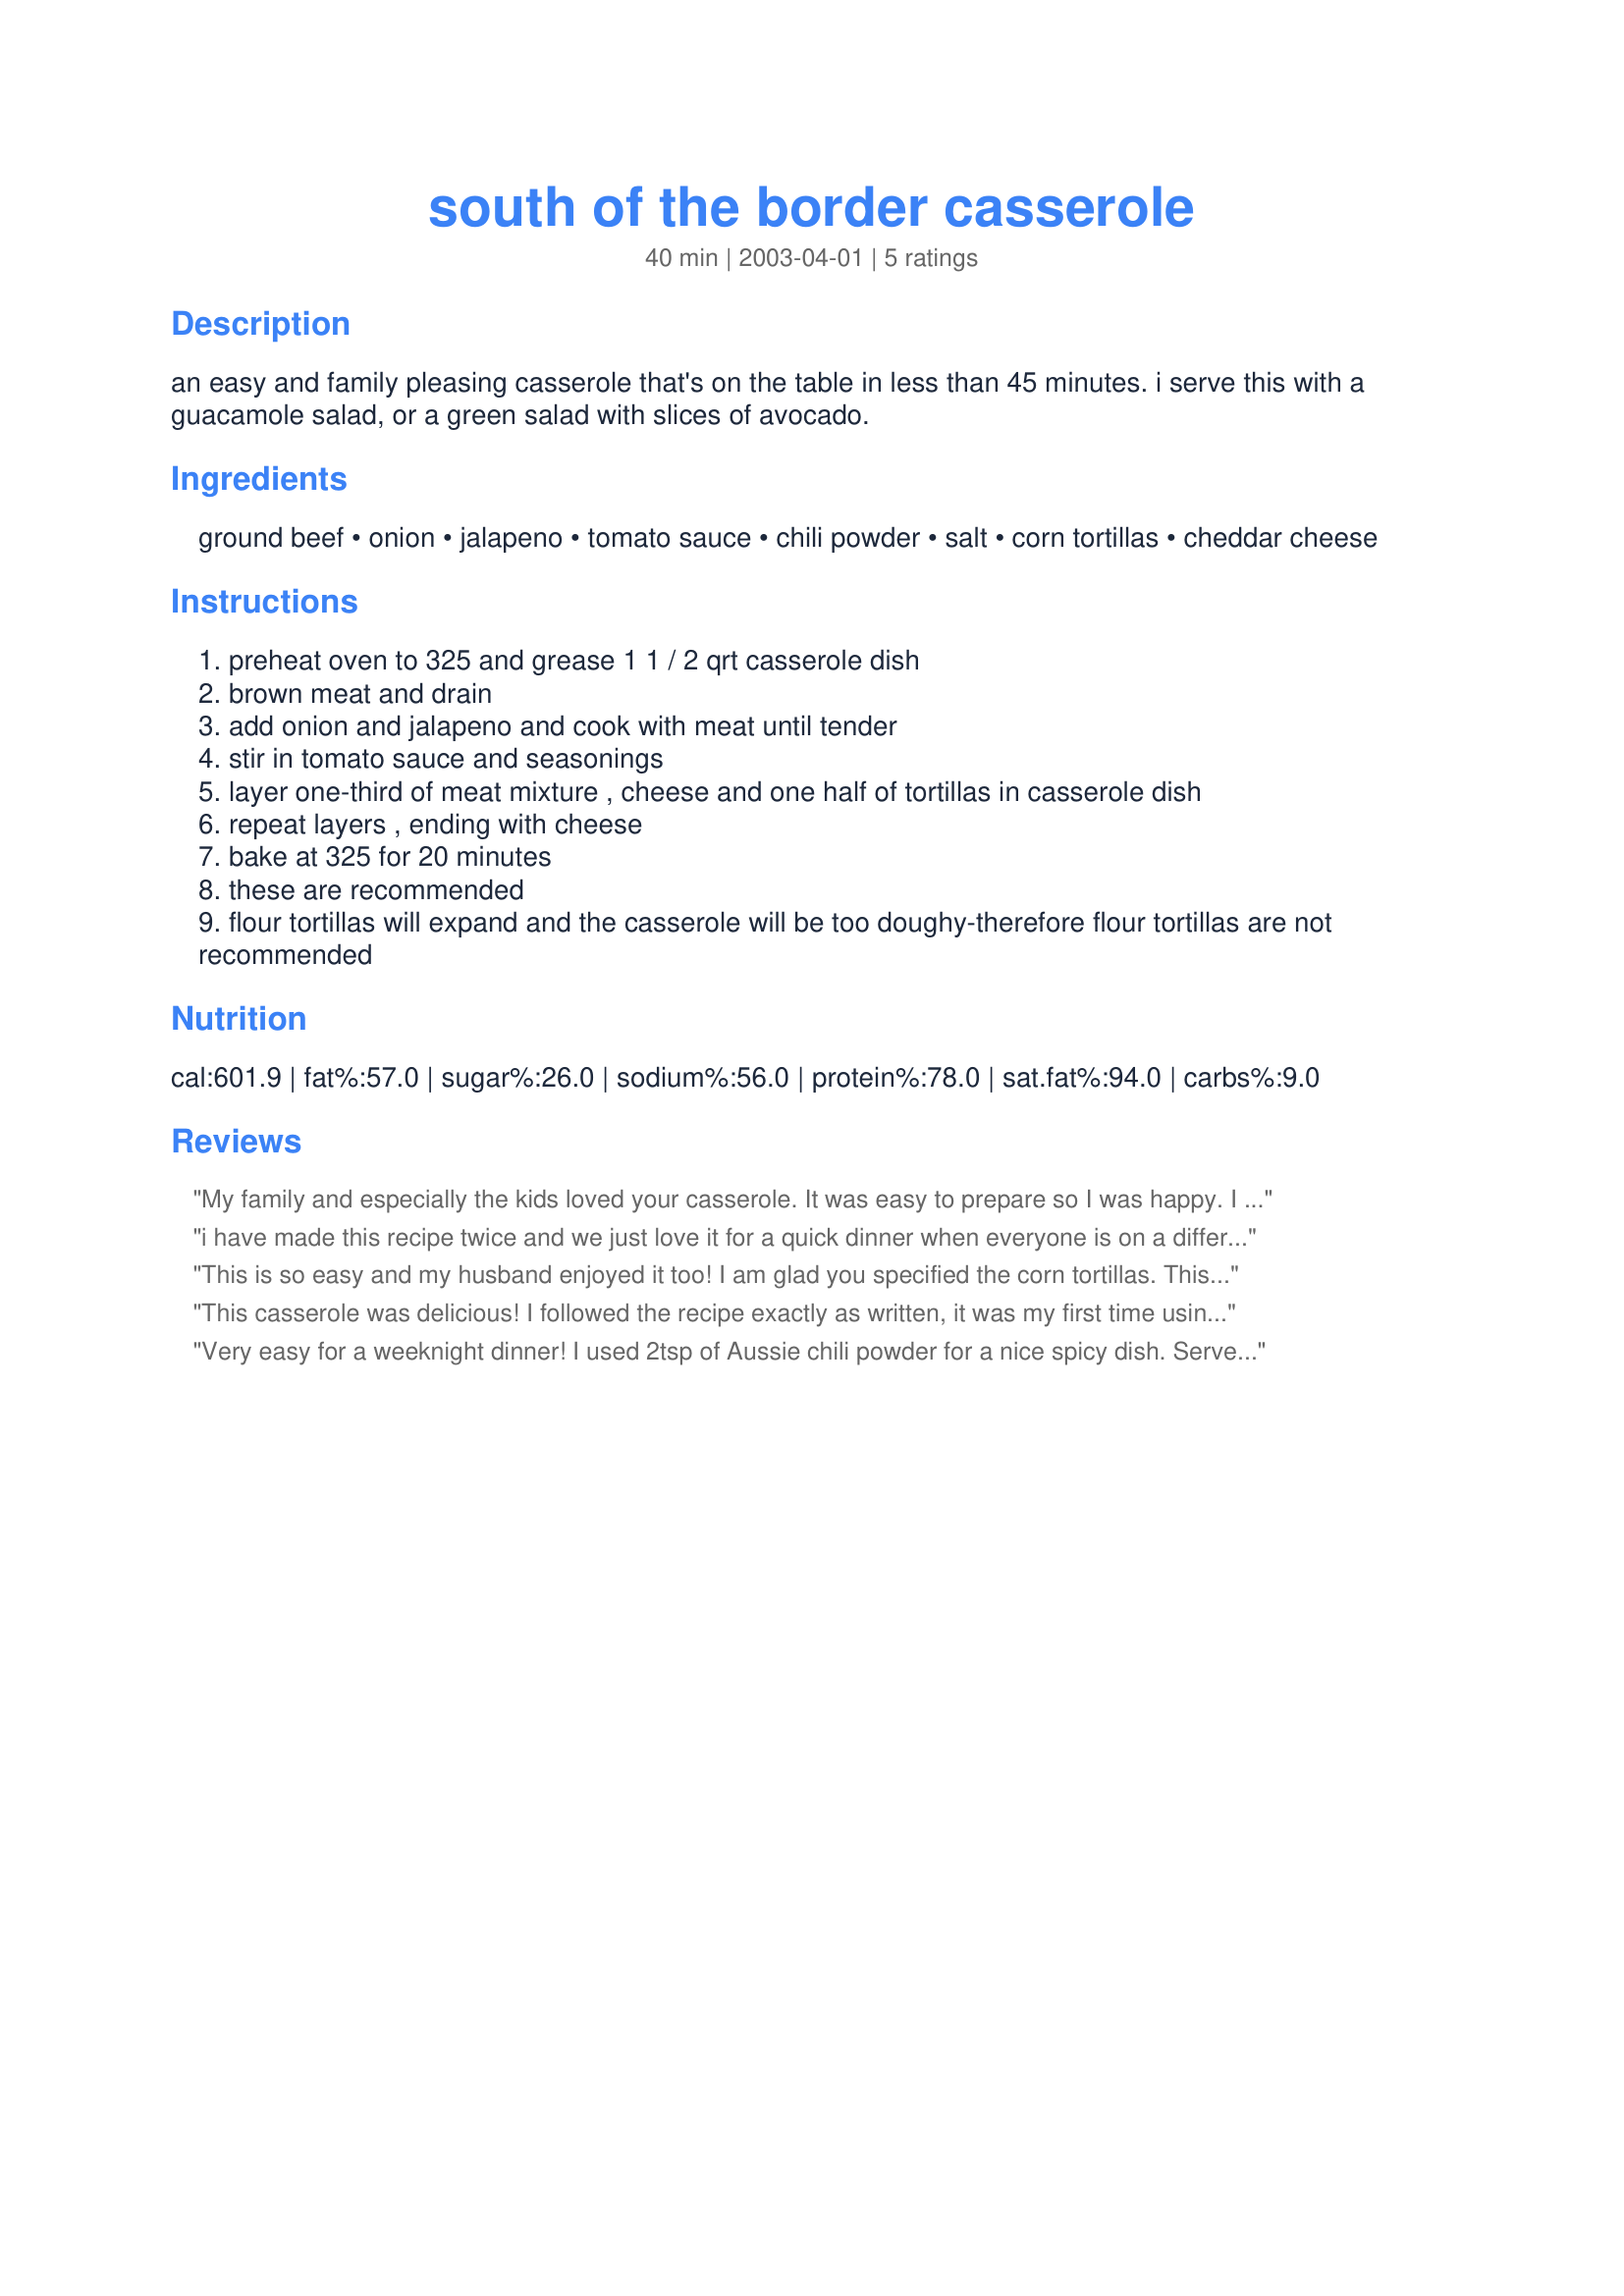
south of the border casserole
Preparation time: 40 minutes

an easy and family pleasing casserole that's on the table in less than 45 minutes. i serve this with a guacamole salad, or a green salad with slices of avocado.

Ingredients:
ground beef, onion, jalapeno, tomato sauce, chili powder, salt, corn tortillas, cheddar cheese

Steps:
preheat oven to 325 and grease 1 1 / 2 qrt casserole dish
brown meat and drain
add onion and jalapeno and cook with meat until tender
stir in tomato sauce and seasonings
layer one-third of meat mixture , cheese and one half of tortillas in casserole dish
repeat layers , ending with cheese
bake at 325 for 20 minutes
these are recommended
flour tortillas will expand and the casserole will be too doughy-therefore flour tortillas are not recommended

Reviews:
My family and especially the kids loved your casserole. It was easy to prepare so I was happy. I added a couple a chopped garlic cloves to the meat mixture and used 1/2 of a jalapeno--because of the kids.
Made a nice family meal. Thanks Pan Nan.
i have made this recipe twice and we just love it for a quick dinner when everyone is on a different schedule, the flavors get stronger as it sits. i made it as written the first time, and used chili i had made the second time, both times it was great, this is easily adaptable and delicious family fare
This is so easy and my husband enjoyed it too! I am glad you specified the corn tortillas. This is a keeper, thanks for sharing!
This casserole was delicious! I followed the recipe exactly as written, it was my first time using a jalapeno pepper :) Husband and I both had second helpings and I'm sure I'll be having the rest tomorrow for lunch! Will definitely make again and again, thanks for the great recipe!
Very easy for a weeknight dinner! I used 2tsp of Aussie chili powder for a nice spicy dish. Served with a salad and sour cream, thanks for posting!
